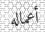
أعماله